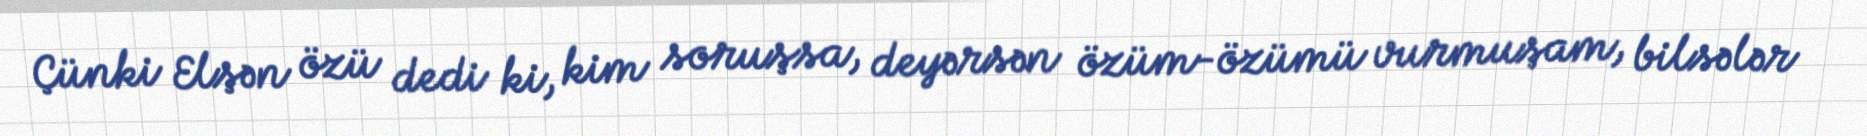
Çünki Elşən özü dedi ki, kim soruşsa, deyərsən özüm-özümü vurmuşam, bilsələr